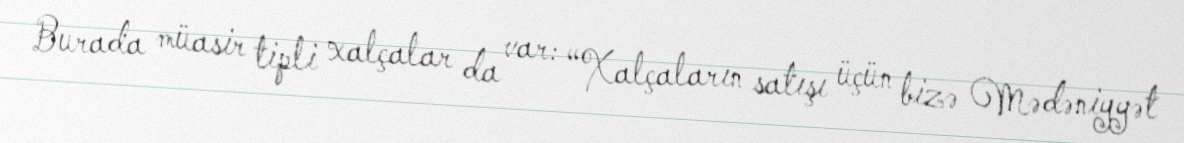
Burada müasir tipli xalçalar da var: “Xalçaların satışı üçün bizə Mədəniyyət